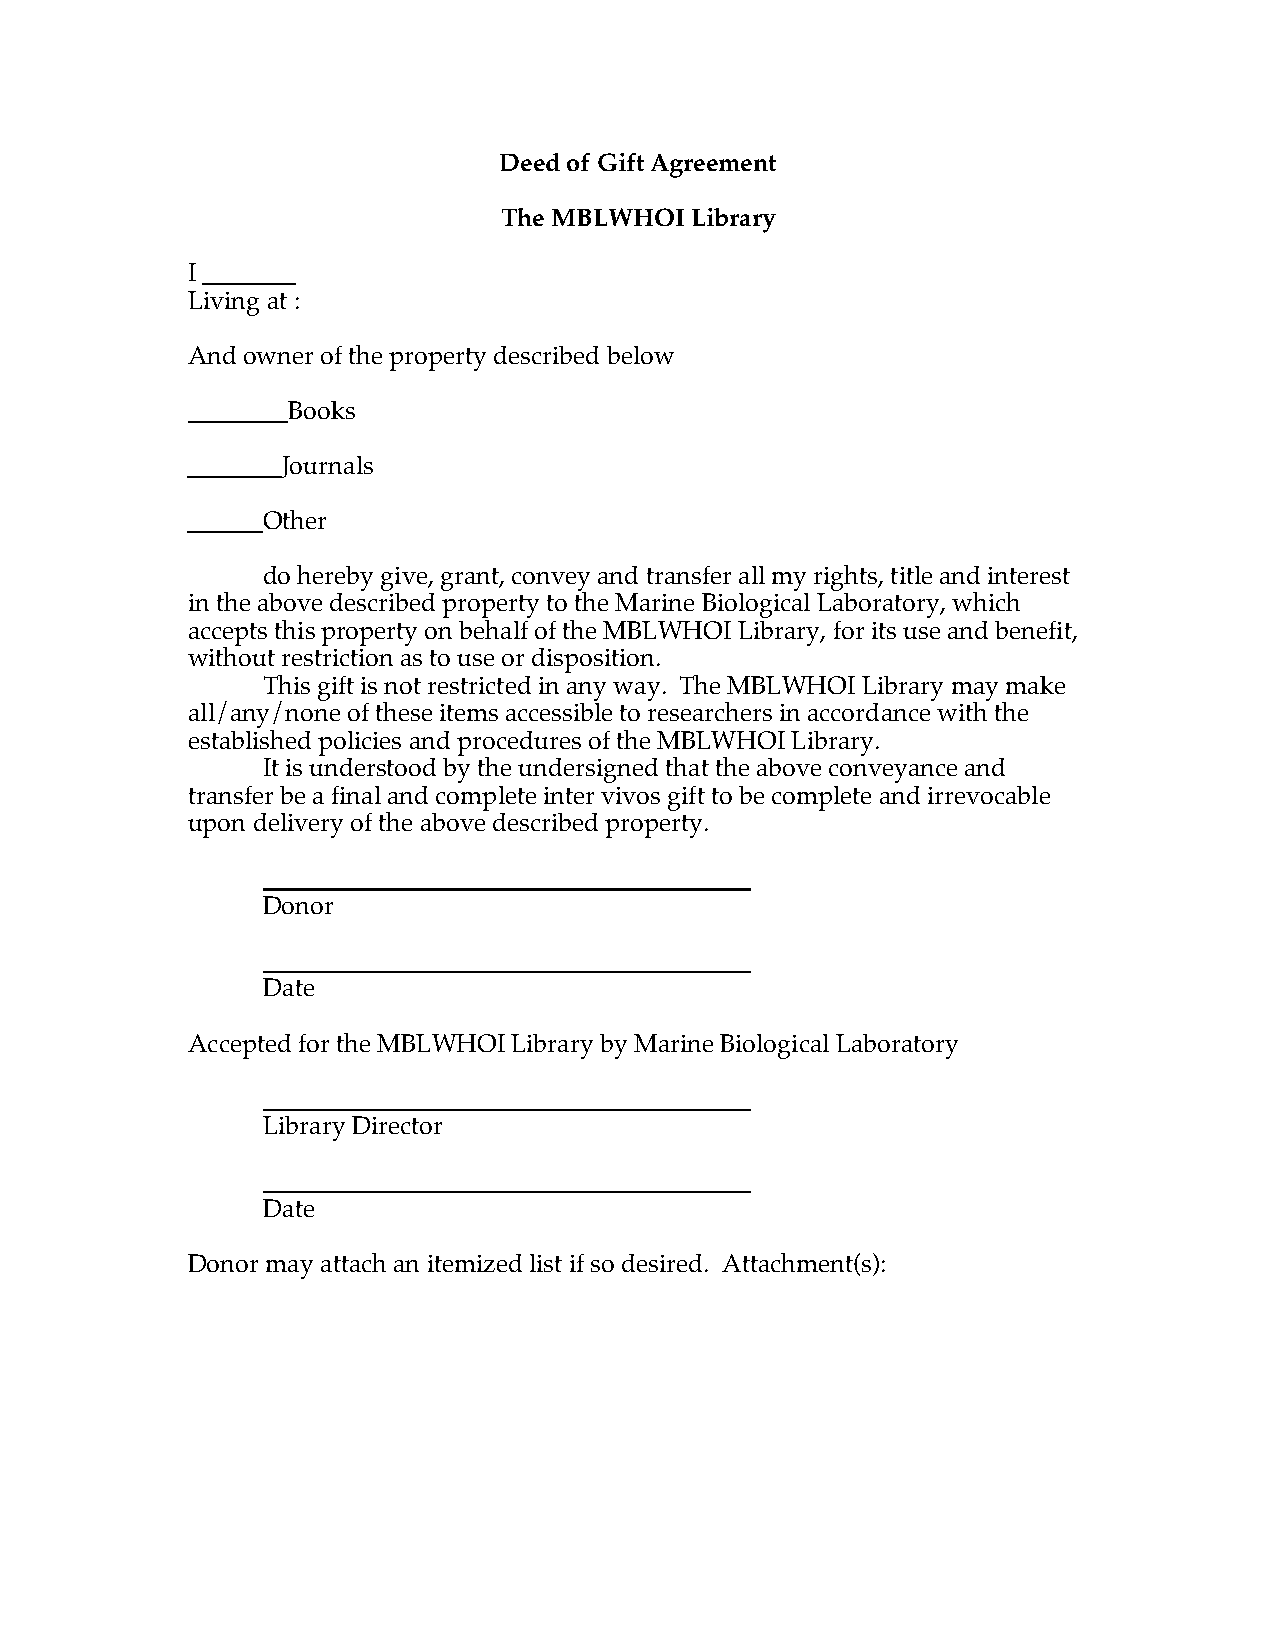
Deed of Gift Agreement
 The MBLWHOI  Library
 I
 Living at :
 And owner of the property described below
 Books
 Journals
 Other
 do hereby give, grant, convey and transfer all my rights, title and interest
 in the above described property to the Marine Biological Laboratory, which
 accepts this property on behalf of the MBLWHOI Library, for its use and benefit,
 without restriction as to use or disposition.
 This gift is not restricted in any way. The MBLWHOI Library may make
 all/any/none of these items accessible to researchers in accordance with the
 established policies and procedures of the MBLWHOI Library.
 It is understood by the undersigned that the above conveyance and
 transfer be a final and complete inter vivos gift to be complete and irrevocable
 upon delivery of the above described property.
 _______________________________________
 Donor
 _______________________________________
 Date
 Accepted for the MBLWHOI Library by Marine Biological Laboratory
 _______________________________________
 Library Director
 _______________________________________
 Date
 Donor may attach an itemized list if so desired. Attachment(s):